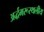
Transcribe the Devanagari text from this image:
अर्द्धमरूस्थलीय